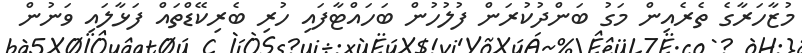
މުޒާހަރާގެ ތެރެއިން މަގު ބަންދުކުރަން ފުލުހުން ބަހައްޓާފައި ހުރި ބެރިކޭޑްތައް ފަޅާލައި ވަނުން